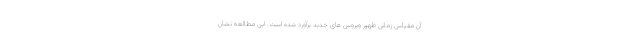
آن مقیاس زمانی ظهور ویروس های جدید برآورد شده است. این مطالعه نشان